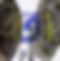
অ্